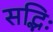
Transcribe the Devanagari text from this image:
सद्भिः